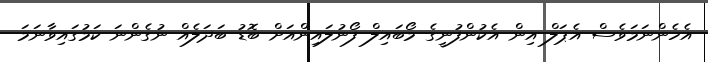
އެހެންނަމަވެސް އެޕަލް އިން އެކުންފުނީގެ މޯބައިލް ފޯނުލައިންއަށް ބޮޑު ބަދަލެއް ނުގެންނަ ކަމުގައިވާނަމަ